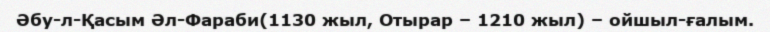
Әбу-л-Қасым Әл-Фараби(1130 жыл, Отырар – 1210 жыл) – ойшыл-ғалым.